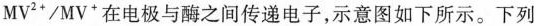
$$M V ^ { 2 + } / M V ^ { + }$$在电极与酶之间传递电子，示意图如下所示。下列